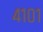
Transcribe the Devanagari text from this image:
४१०१